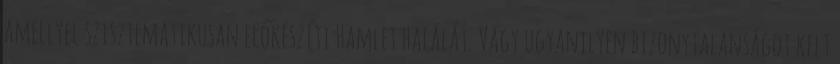
amellyel szisztematikusan előkészíti Hamlet halálát. Vagy ugyanilyen bizonytalanságot kelt